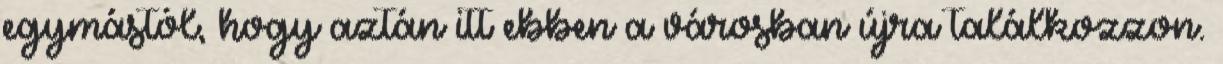
egymástól, hogy aztán itt ebben a városban újra találkozzon.